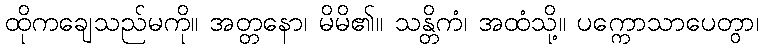
ထိုကချေသည်မကို။ အတ္တနော၊ မိမိ၏။ သန္တိကံ၊ အထံသို့။ ပက္ကောသာပေတွာ၊